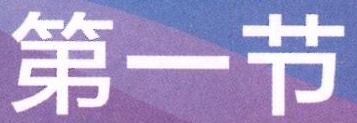
第一节